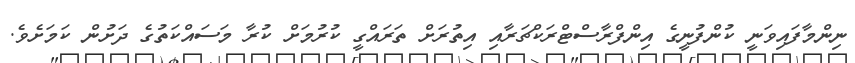
ނިންމާފައިވަނީ ކުންފުނީގެ އިންފްރާސްޓްރަކްޗަރާއި އިތުރަށް ތަރައްގީ ކުރުމަށް ކުރާ މަސައްކަތުގެ ދަށުން ކަމަށެވެ.